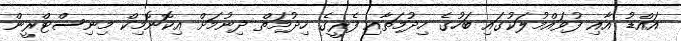
އައްޑު އާއި ފުވައްމުލަކުގައި ބަހުގެ ހިދުމަތާއި ފެރީގެ ހިދުމަތް ދިނުމަށް އިކޮނޮމިކް މިނިސްޓްރީން